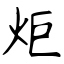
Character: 炬